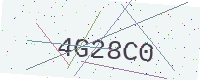
Text: 4G28C0